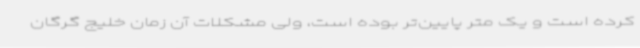
کرده است و یک متر پایین‌تر بوده است، ولی مشکلات آن زمان خلیج گرگان